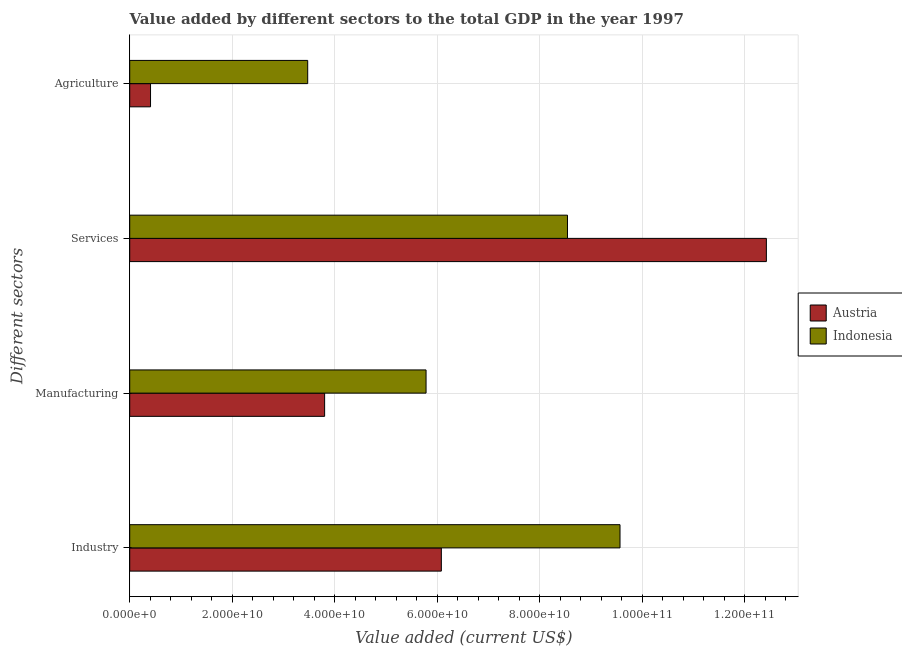
| Different sectors | Austria | Indonesia |
 | --- | --- | --- |
 | Industry | 6.08e+10 | 9.56e+10 |
 | Manufacturing | 3.8e+10 | 5.78e+10 |
 | Services | 1.24e+11 | 8.54e+10 |
 | Agriculture | 4.06e+09 | 3.47e+10 |